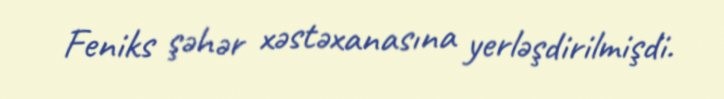
Feniks şəhər xəstəxanasına yerləşdirilmişdi.